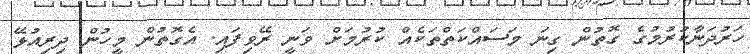
ހަރުދަނާކުރުމުގެ ގޮތުން ގިނަ މަސައްކަތްތަކެއް ކުރުމަށް ވަނީ ރޭވިފައި. އެގޮތުން މީހުން ދިރިއުޅޭ